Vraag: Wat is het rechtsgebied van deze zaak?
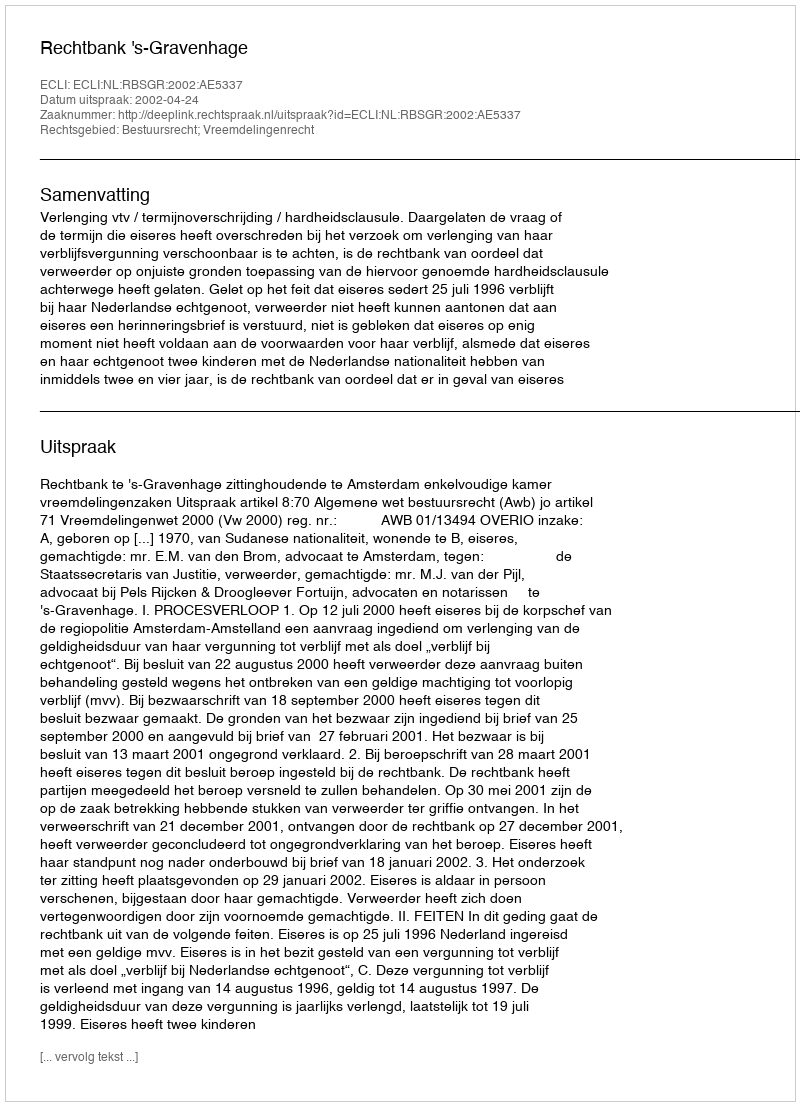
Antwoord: Bestuursrecht; Vreemdelingenrecht